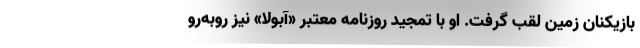
بازیکنان زمین لقب گرفت. او با تمجید روزنامه معتبر «آبولا» نیز روبه‌رو